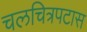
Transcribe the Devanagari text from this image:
चलचित्रपटास